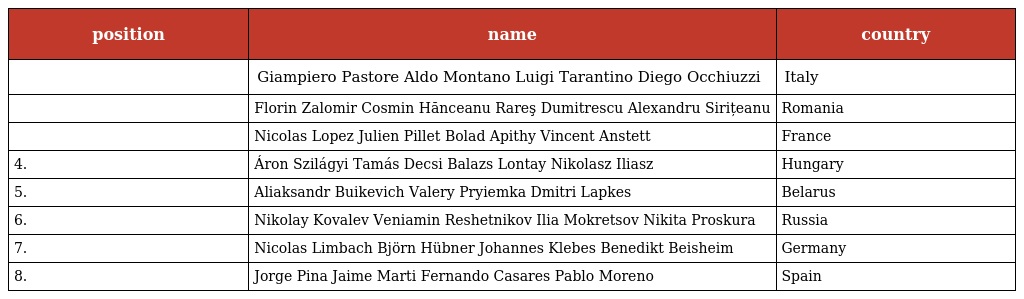
| position | name | country |
 | --- | --- | --- |
 |  | Giampiero Pastore Aldo Montano Luigi Tarantino Diego Occhiuzzi | Italy |
 |  | Florin Zalomir Cosmin Hănceanu Rareş Dumitrescu Alexandru Sirițeanu | Romania |
 |  | Nicolas Lopez Julien Pillet Bolad Apithy Vincent Anstett | France |
 | 4. | Áron Szilágyi Tamás Decsi Balazs Lontay Nikolasz Iliasz | Hungary |
 | 5. | Aliaksandr Buikevich Valery Pryiemka Dmitri Lapkes | Belarus |
 | 6. | Nikolay Kovalev Veniamin Reshetnikov Ilia Mokretsov Nikita Proskura | Russia |
 | 7. | Nicolas Limbach Björn Hübner Johannes Klebes Benedikt Beisheim | Germany |
 | 8. | Jorge Pina Jaime Marti Fernando Casares Pablo Moreno | Spain |